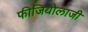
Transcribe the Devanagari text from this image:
फीजियोलाजी